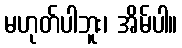
မဟုတ်ပါဘူး၊ အိမ်ပါ။